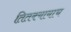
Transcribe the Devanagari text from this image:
तितक्यायाच